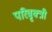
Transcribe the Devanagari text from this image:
परिवृक्त्री